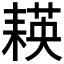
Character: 𦔃